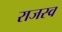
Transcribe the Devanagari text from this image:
राजस्व